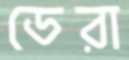
ডেরা